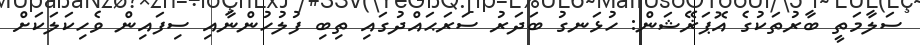
ސަލާމަތީ ބާރުތަކުގެ އޮޕަޜޭޝަން: ހުޅަނގު ބަދަރު ސަރަޙައްދުގައި ތިބި ފުލުހުންނާއި ސިފައިން ވެހިކަލަކަށް